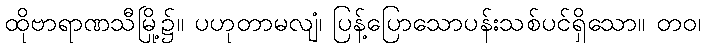
ထိုဗာရာဏသီမြို့၌။ ပဟုတာမလျံ၊ ပြန့်ပြောသောပန်းသစ်ပင်ရှိသော။ တဝ၊